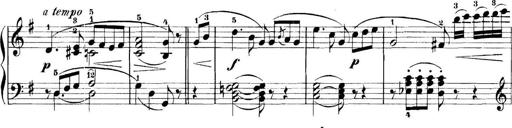
Title: 11 Sonatinas
Composer: Anton Diabelli